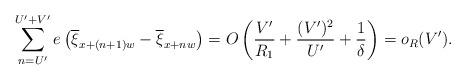
LaTeX: \begin{align*}\sum_{n = U'}^{U'+V'} e\left(\overline{\xi}_{x + (n+1)w} - \overline{\xi}_{x + nw}\right) = O\left( \frac{V'}{R_1} + \frac{(V')^2}{U'} + \frac{1}{\delta} \right) = o_R(V').\end{align*}